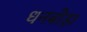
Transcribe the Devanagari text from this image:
धनबोड़ा